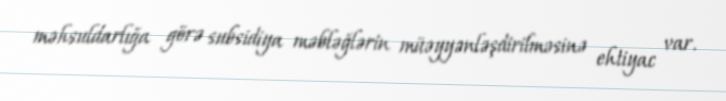
məhsuldarlığa görə subsidiya məbləğlərin müəyyənləşdirilməsinə ehtiyac var.